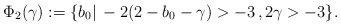
\begin{align*}\begin{aligned}\Phi_2 (\gamma) : = \{ b_0 | \, - 2( 2 - b_0 - \gamma ) > - 3 \,, 2 \gamma > - 3 \}.\end{aligned}\end{align*}